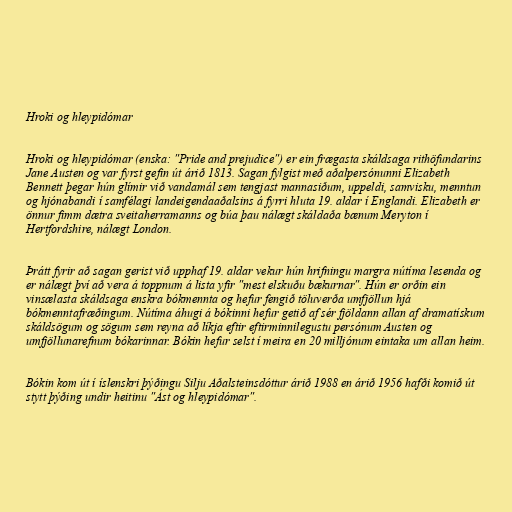
Hroki og hleypidómar

Hroki og hleypidómar (enska: "Pride and prejudice") er ein frægasta skáldsaga rithöfundarins
Jane Austen og var fyrst gefin út árið 1813. Sagan fylgist með aðalpersónunni Elizabeth
Bennett þegar hún glímir við vandamál sem tengjast mannasiðum, uppeldi, samvisku, menntun
og hjónabandi í samfélagi landeigendaaðalsins á fyrri hluta 19. aldar í Englandi. Elizabeth er
önnur fimm dætra sveitaherramanns og búa þau nálægt skáldaða bænum Meryton í
Hertfordshire, nálægt London.

Þrátt fyrir að sagan gerist við upphaf 19. aldar vekur hún hrifningu margra nútíma lesenda og
er nálægt því að vera á toppnum á lista yfir "mest elskuðu bækurnar". Hún er orðin ein
vinsælasta skáldsaga enskra bókmennta og hefur fengið töluverða umfjöllun hjá
bókmenntafræðingum. Nútíma áhugi á bókinni hefur getið af sér fjöldann allan af dramatískum
skáldsögum og sögum sem reyna að líkja eftir eftirminnilegustu persónum Austen og
umfjöllunarefnum bókarinnar. Bókin hefur selst í meira en 20 milljónum eintaka um allan heim.

Bókin kom út í íslenskri þýðingu Silju Aðalsteinsdóttur árið 1988 en árið 1956 hafði komið út
stytt þýðing undir heitinu "Ást og hleypidómar".